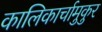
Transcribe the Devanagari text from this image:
कालिकार्चामुकुर